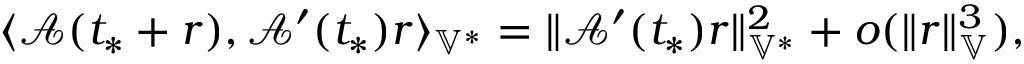
\langle \mathcal { A } ( t _ { * } + r ) , \mathcal { A } ^ { \prime } ( t _ { * } ) r \rangle _ { \mathbb { V } ^ { * } } = \| \mathcal { A } ^ { \prime } ( t _ { * } ) r \| _ { \mathbb { V } ^ { * } } ^ { 2 } + o ( \| r \| _ { \mathbb { V } } ^ { 3 } ) ,